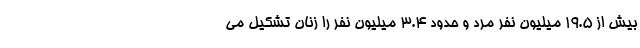
بیش از ۱۹.۵ میلیون نفر مرد و حدود ۳.۴ میلیون نفر را زنان تشکیل می